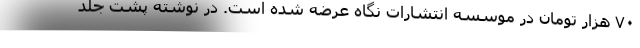
۷۰ هزار تومان در موسسه انتشارات نگاه عرضه شده است. در نوشته پشت جلد